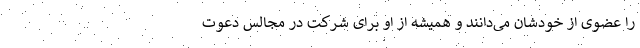
را عضوی از خودشان می‌دانند و همیشه از او برای شرکت در مجالس دعوت